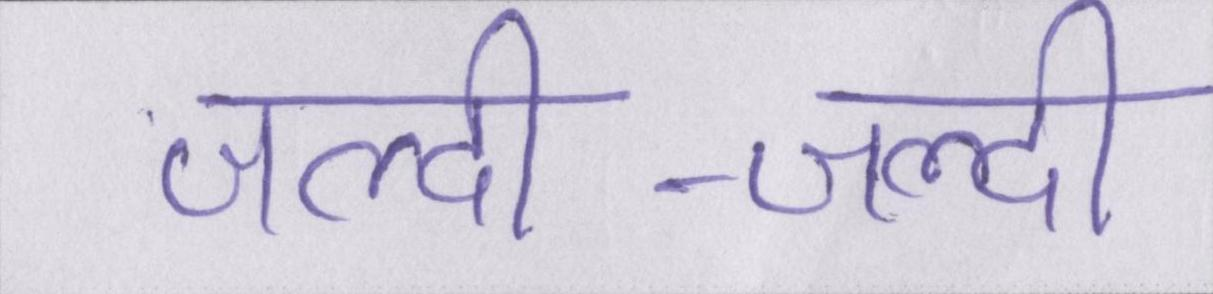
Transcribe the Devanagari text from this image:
जल्दी-जल्दी